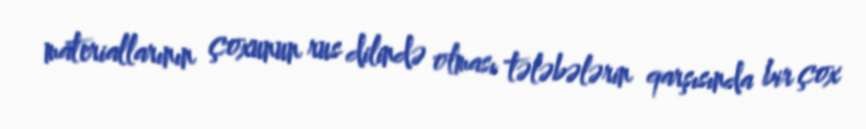
materiallarının çoxunun rus dilində olması tələbələrin qarşısında bir çox